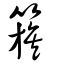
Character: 簇